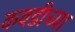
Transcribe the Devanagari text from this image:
कवडीच्या